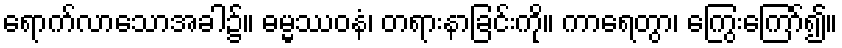
ရောက်လာသောအခါ၌။ ဓမ္မဿဝနံ၊ တရားနာခြင်းကို။ ကာရေတွာ၊ ကြွေးကြော်၍။